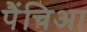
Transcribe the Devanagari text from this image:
पैंचिआ